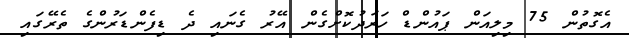
އެގޮތުން 75 މިލިއަން ޕައުންޑް ހަރަދުކޮށްގެން އޭރު ގެނައި ދެ ޑިފެންޑަރުންގެ ތެރޭގައި